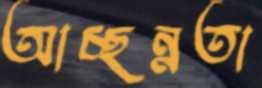
আচ্ছন্নতা